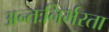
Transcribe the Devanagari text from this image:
अन्तःनिर्भरता